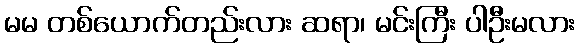
မမ တစ်ယောက်တည်းလား ဆရာ၊ မင်းကြီး ပါဦးမလား